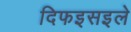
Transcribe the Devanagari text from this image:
दिफइसइले